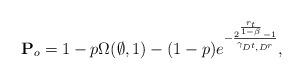
LaTeX: \begin{align*} \mathbf P_{o}=1 - p\Omega(\emptyset,1)-(1-p)e^{-\frac{2^{\frac{r_t}{1-\beta}}-1}{\gamma_{D^{t},D^{r}}}},\end{align*}